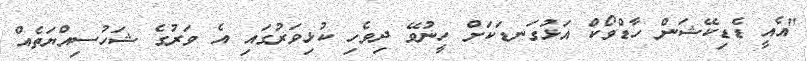
"އެއީ ޑެޑިކޭޝަން ހާޑްވޯކް އަޅުގަނޑަކަށް ހީނުވޭ ދިވެހި ކުޅިވަރުގައި އެ ވަރުގެ ޝަހުސިއްޔަތެއް